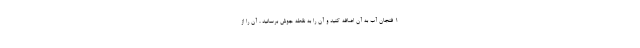
1 فنجان آب به آن اضافه کنید و آن را به نقطه جوش برسانید ، آن را از